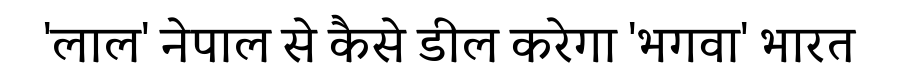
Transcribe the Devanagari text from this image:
'लाल' नेपाल से कैसे डील करेगा 'भगवा' भारत